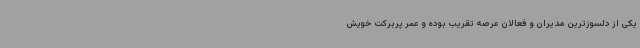
یکی از دلسوزترین مدیران و فعالان عرصه تقریب بوده و عمر پربرکت خویش